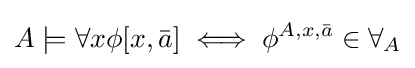
A\models \forall x\phi [x,{\bar {a}}]\iff \phi ^{A,x,{\bar {a}}}\in \forall _{A}